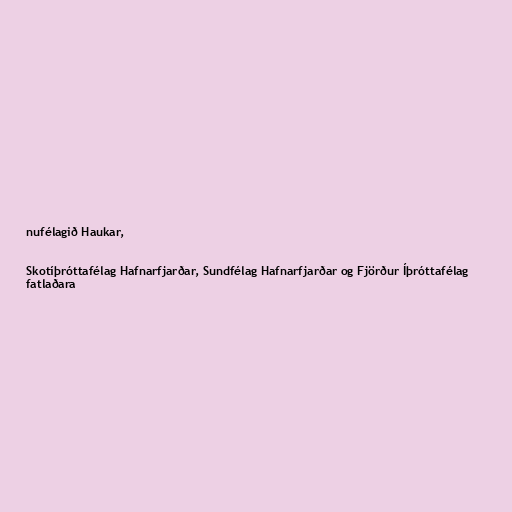
nufélagið Haukar,

Skotíþróttafélag Hafnarfjarðar, Sundfélag Hafnarfjarðar og Fjörður Íþróttafélag
fatlaðara